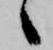
々